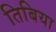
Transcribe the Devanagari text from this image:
तिबिया